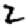
Digit: 2